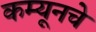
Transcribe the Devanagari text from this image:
कम्यूनचे